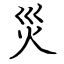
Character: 災